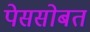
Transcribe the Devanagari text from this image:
पेससोबत